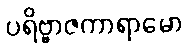
ပရိဗ္ဗာဇကာရာမော